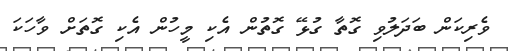
ވެރިކަން ބަދަލުވި ގޮތާ ގުޅޭ ގޮތުން އެކި މީހުން އެކި ގޮތަށް ވާހަކަ